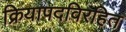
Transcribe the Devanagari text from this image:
क्रियापदविरहित